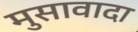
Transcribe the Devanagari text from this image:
मुसावादा